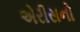
એરીસનો